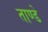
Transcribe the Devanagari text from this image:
ताण्डे